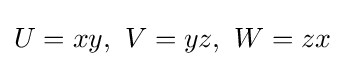
U=xy,\ V=yz,\ W=zx